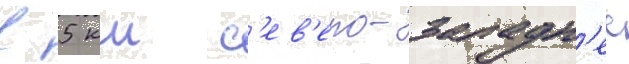
в 5 км с'ев'еро-западн'ее